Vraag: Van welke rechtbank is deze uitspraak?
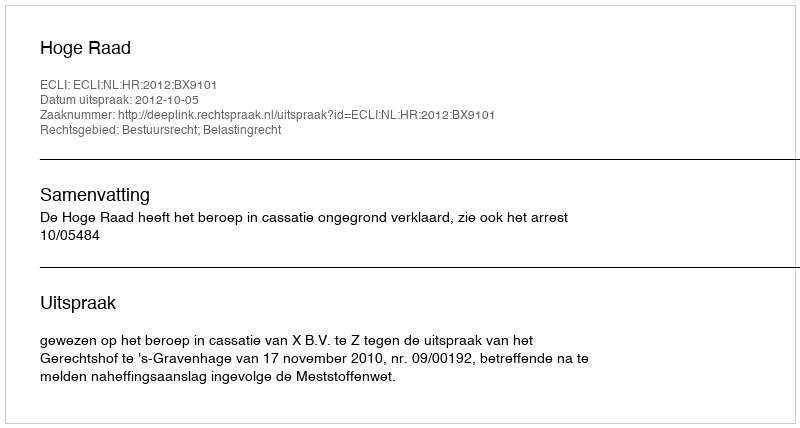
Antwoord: Hoge Raad